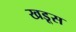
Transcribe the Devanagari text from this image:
खडूस